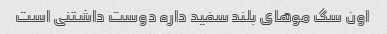
اون سگ موهای بلند سفید داره دوست داشتنی است